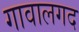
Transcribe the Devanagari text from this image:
गावालगद